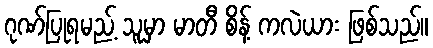
ဂုဏ်ပြုရမည့် သူမှာ မာတီ စိန့် ကလဲယား ဖြစ်သည်။